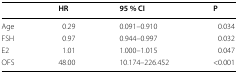
|  | HR | 95 % CI | P |
 | --- | --- | --- | --- |
 | Age | 0.29 | 0.091–0.910 | 0.034 |
 | FSH | 0.97 | 0.944–0.997 | 0.032 |
 | E2 | 1.01 | 1.000–1.015 | 0.047 |
 | OFS | 48.00 | 10.174–226.452 | <0.001 |